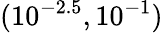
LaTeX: (10^{-2.5},10^{-1})